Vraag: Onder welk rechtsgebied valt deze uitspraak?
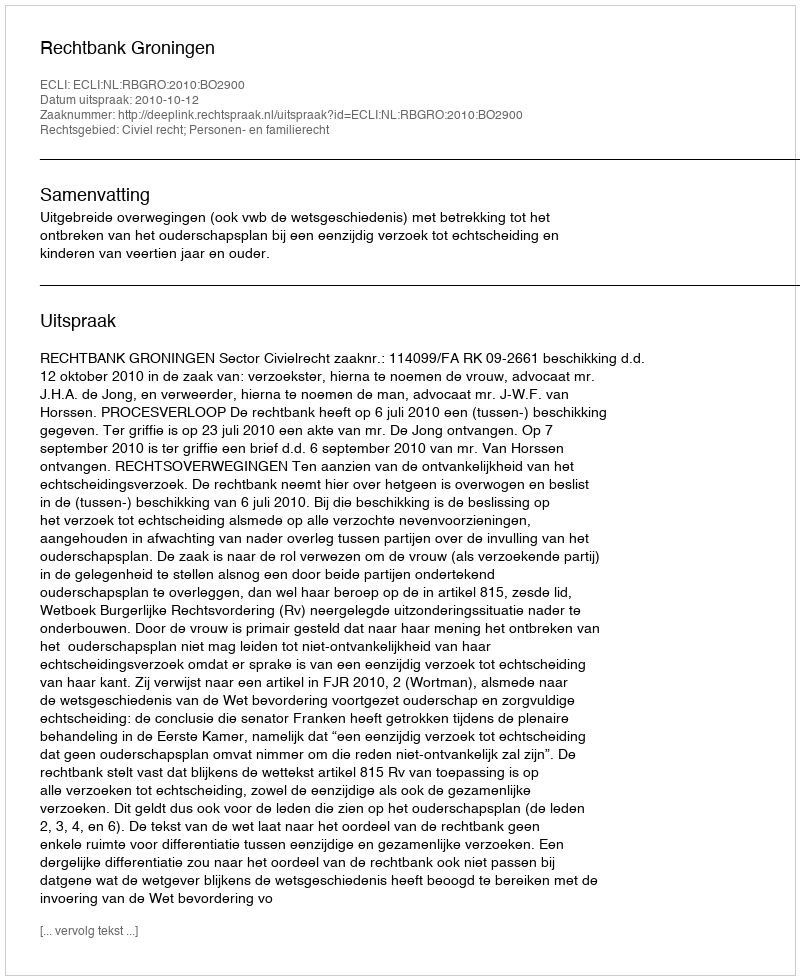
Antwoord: Civiel recht; Personen- en familierecht